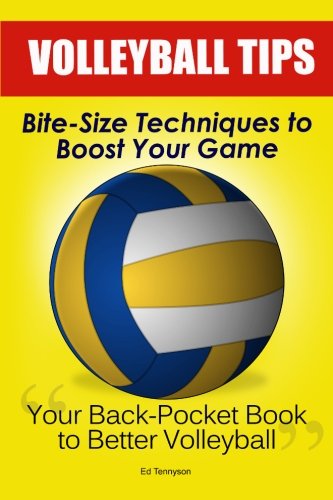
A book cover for Volleyball Tips: Bite-Size Techniques To Boost Your Game; Ed Tennyson; Sports & Outdoors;